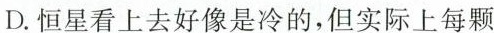
D.恒星看上去好像是冷的，但实际上每颗